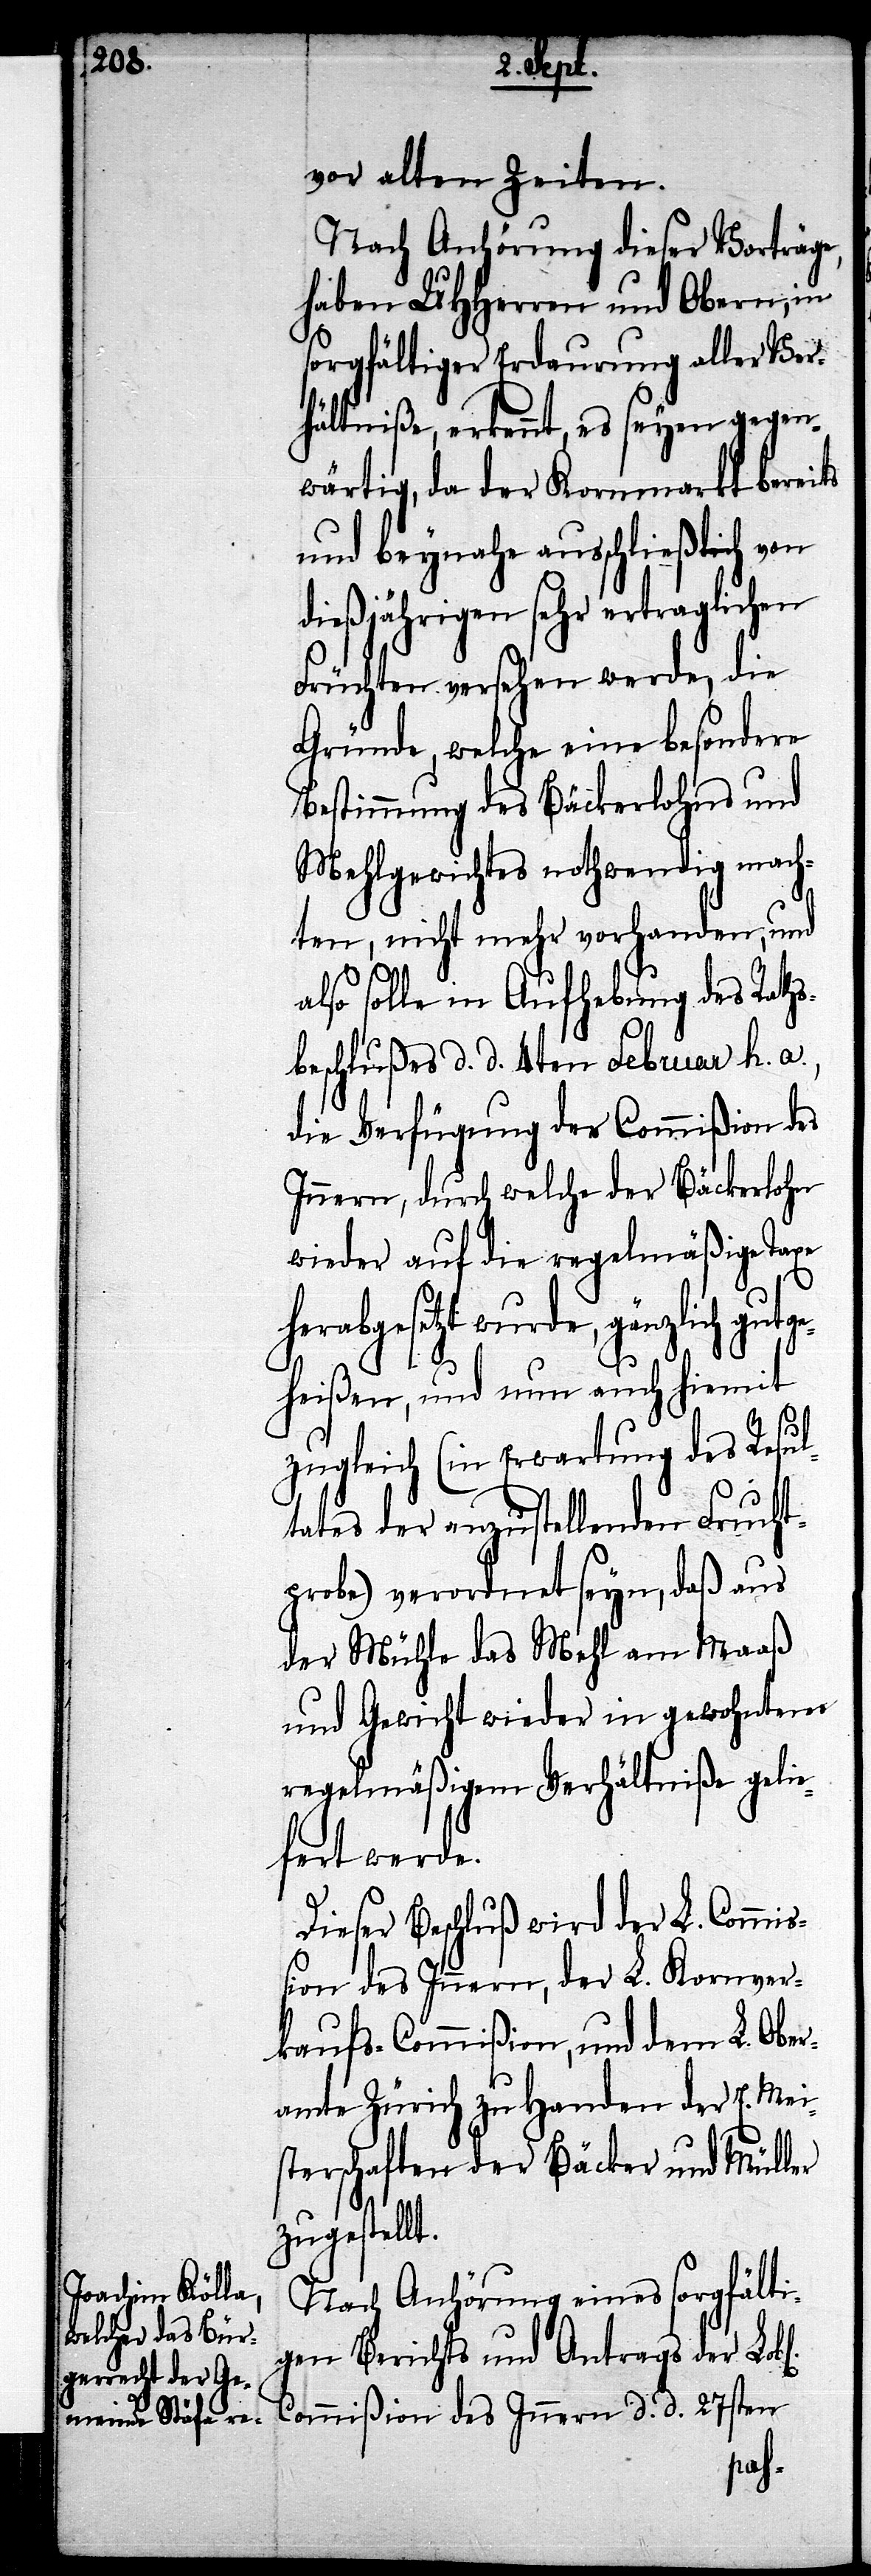
vor alten Zeiten.
Nach Anhörung dieser Vorträge
haben UHHerren und Obern, in
sorgfältiger Erdaurung aller Ver¬
hältniße, erkennt, es seyen gegen¬
wärtig, da der Kornmarkt bereits
und beynahe ausschließlich von
dießjährigen sehr ertraglichen
Früchten versehen werde, die
Gründe, welche eine besondere
Bestimmung des Bäckerlohns und
Mehlgewichtes nothwendig mach¬
ten, nicht mehr vorhanden, und
also solle in Aufhebung des Rath¬
sbeschlußes d. d. 4ten Februar h. a.,
die Verfügung der Commißion des
Innern, durch welche der Bäckerlohn
wieder auf die regelmäßige Taxe
herabgesetzt wurde, gänzlich gu¬
eißen, und nun auch hiemit
zugleich (in Erwartung des Resu¬
ltates der anzustellenden Frucht¬
probe) verordnet seyn, daß aus
der Mühle das Mehl am Maaß
und Gewicht wieder in gewohntem
regelmäßigem Verhältniße gelie¬
fert werde.
Dieser Beschluß wird der L. Commi¬
ßion des Innern, der L. Kornver¬
kaufs-Commißion, und dem L. Ober¬
amte Zürich zu Handen der E. Mei¬
sterschaften der Bäcker und Müller
zugestellt.
Nach Anhörung eines sorgfälti¬
gen Berichts und Antrags der Lobl.
Commißion des Innern d. d. 27sten
tgeh¬